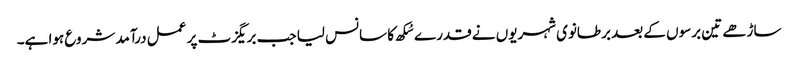
ساڑھے تین برسوں کے بعد برطانوی شہریوں نے قدرے سُکھ کا سانس لیا جب بریگزٹ پر عمل درآمد شروع ہوا ہے۔